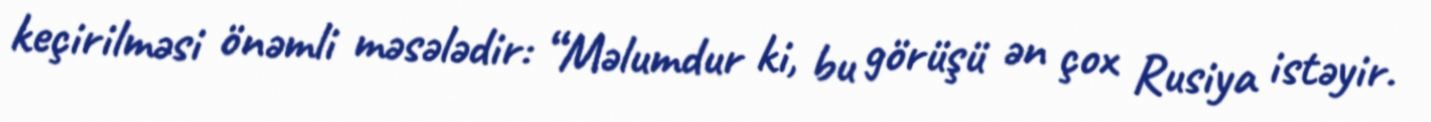
keçirilməsi önəmli məsələdir: “Məlumdur ki, bu görüşü ən çox Rusiya istəyir.